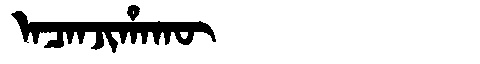
Manchu: ᠠᠴᠠᠨᠵᡳᡥᠠᡴᡡ
Romanization: ACANJIHAKŪ